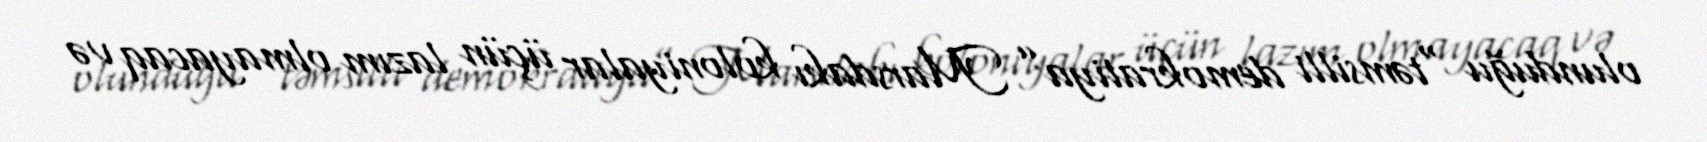
olunduğu “təmsilli demokratiya” Marsdakı koloniyalar üçün lazım olmayacaq və